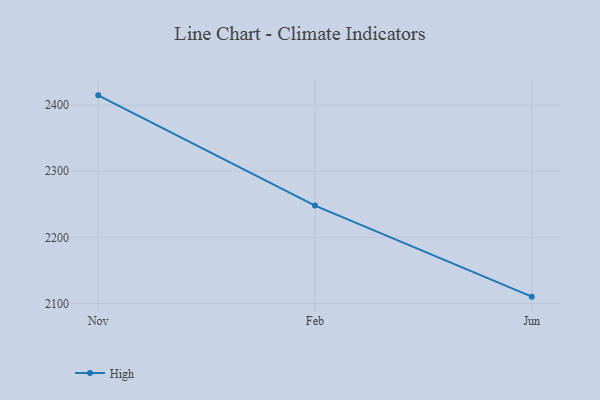
{"axis": {"x": "Month", "y": "Operating Costs (USD K)"}, "legend": ["High"], "data": [{"x": "Nov", "y": 2414.6, "type": "High"}, {"x": "Feb", "y": 2248.0, "type": "High"}, {"x": "Jun", "y": 2110.3, "type": "High"}]}